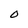
Character: 0